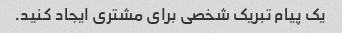
یک پیام تبریک شخصی برای مشتری ایجاد کنید.